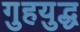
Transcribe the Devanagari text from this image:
गुहयुद्ध